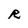
Character: R